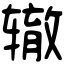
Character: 辙